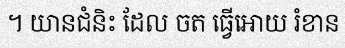
។ យានជំនិះ ដែល ចត ធ្វើអោយ រំខាន